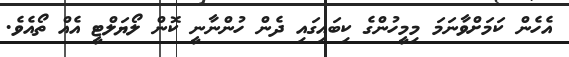
އެހެން ކަމަށްވާނަމަ މިމީހުންގެ ކިބައިގައި ދެން ހުންނާނީ ކޮން ލޯޔަލްޓީ އެއް ތޯއެވެ.